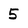
Character: 5